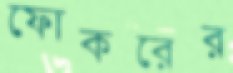
ফোকরের